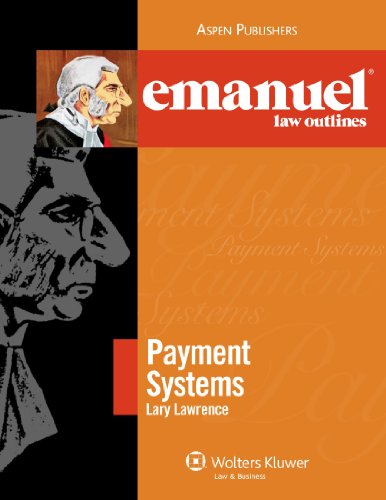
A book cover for Payment Systems (Emanuel Law Outlines); Lary Lawrence; Law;